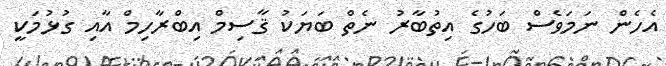
އެހެން ނަމަވެސް ބަހުގެ އިތުބާރު ނެތް ބަޔަކު ޤާސިމް އިބްރާހިމް އާއި ގުޅުމަކީ